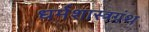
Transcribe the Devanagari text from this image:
धर्मशास्त्रग्रंथ